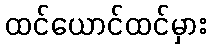
ထင်ယောင်ထင်မှား